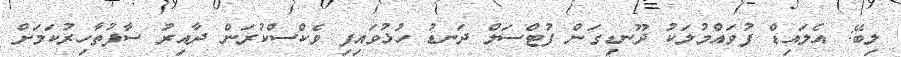
ލިބޭ: އެލައިޑް ފުވައްމުލަކު ދޫނޑިގަން ފުޓްސަލް ދަނޑު ހުޅުވައިފި ވެކްސްކުރަން ދާއިރު ސާފުތާހިރުކަމަށް